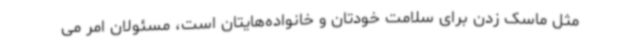
مثل ماسک زدن برای سلامت خودتان و خانواده‌هایتان است، مسئولان امر می